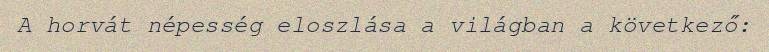
A horvát népesség eloszlása a világban a következő: